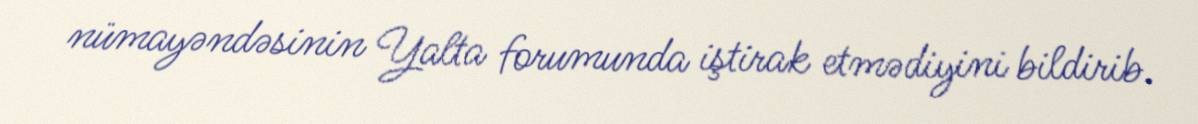
nümayəndəsinin Yalta forumunda iştirak etmədiyini bildirib.